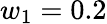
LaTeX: w_{1}=0.2